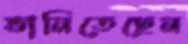
ভানিতেছেন